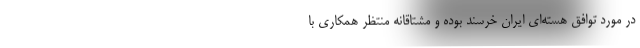
در مورد توافق هسته‌ای ایران خرسند بوده و مشتاقانه منتظر همکاری با